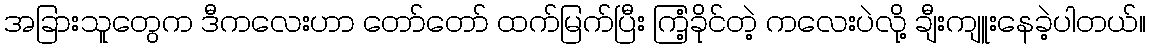
အခြားသူတွေက ဒီကလေးဟာ တော်တော် ထက်မြက်ပြီး ကြံ့ခိုင်တဲ့ ကလေးပဲလို့ ချီးကျူးနေခဲ့ပါတယ်။